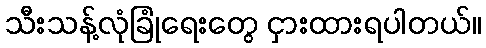
သီးသန့်လုံခြုံရေးတွေ ငှားထားရပါတယ်။